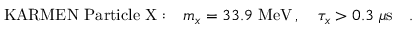
\mathrm { K A R M E N ~ P a r t i c l e ~ X : } \quad m _ { x } = 3 3 . 9 \, \, \mathrm { M e V } \, , \quad \tau _ { x } > 0 . 3 \, \, \mu \mathrm { s } \quad .